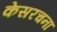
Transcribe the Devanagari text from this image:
केसरचना